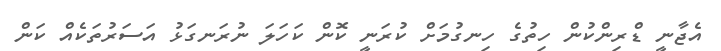
އެޖާނީ ޑްރިންކުން ހިތުގެ ހިނގުމަށް ކުރަނީ ކޮން ކަހަލަ ނުރަނގަޅު އަސަރުތަކެއް ކަން